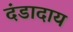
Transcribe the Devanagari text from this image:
दंडादाय